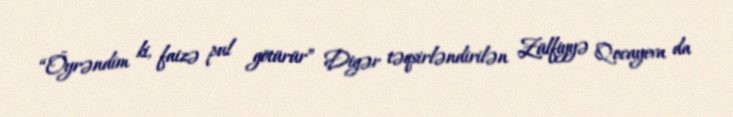
“Öyrəndim ki, faizə pul götürür” Digər təqsirləndirilən Zülfiyyə Qocayeva da